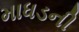
માધડની